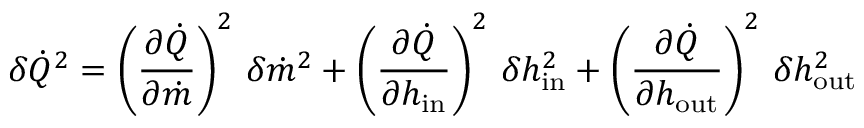
\delta \dot { Q } ^ { 2 } = \left( \frac { \partial \dot { Q } } { \partial \dot { m } } \right) ^ { 2 } \, \delta \dot { m } ^ { 2 } + \left( \frac { \partial \dot { Q } } { \partial h _ { \mathrm { { i n } } } } \right) ^ { 2 } \, \delta h _ { \mathrm { { i n } } } ^ { 2 } + \left( \frac { \partial \dot { Q } } { \partial h _ { \mathrm { { o u t } } } } \right) ^ { 2 } \, \delta h _ { \mathrm { { o u t } } } ^ { 2 }